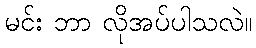
မင်း ဘာ လိုအပ်ပါသလဲ။